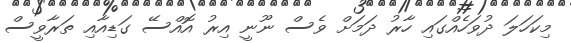
މިކަހަލަ ދުވަހެއްގައި ހާރު ދަމަށް ވެސް ނޫނީ އިރު އޮއްސޭ ގަޑިއާއި ތަރާވީސް